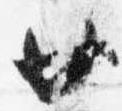
廿